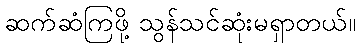
ဆက်ဆံကြဖို့ သွန်သင်ဆုံးမရှာတယ်။